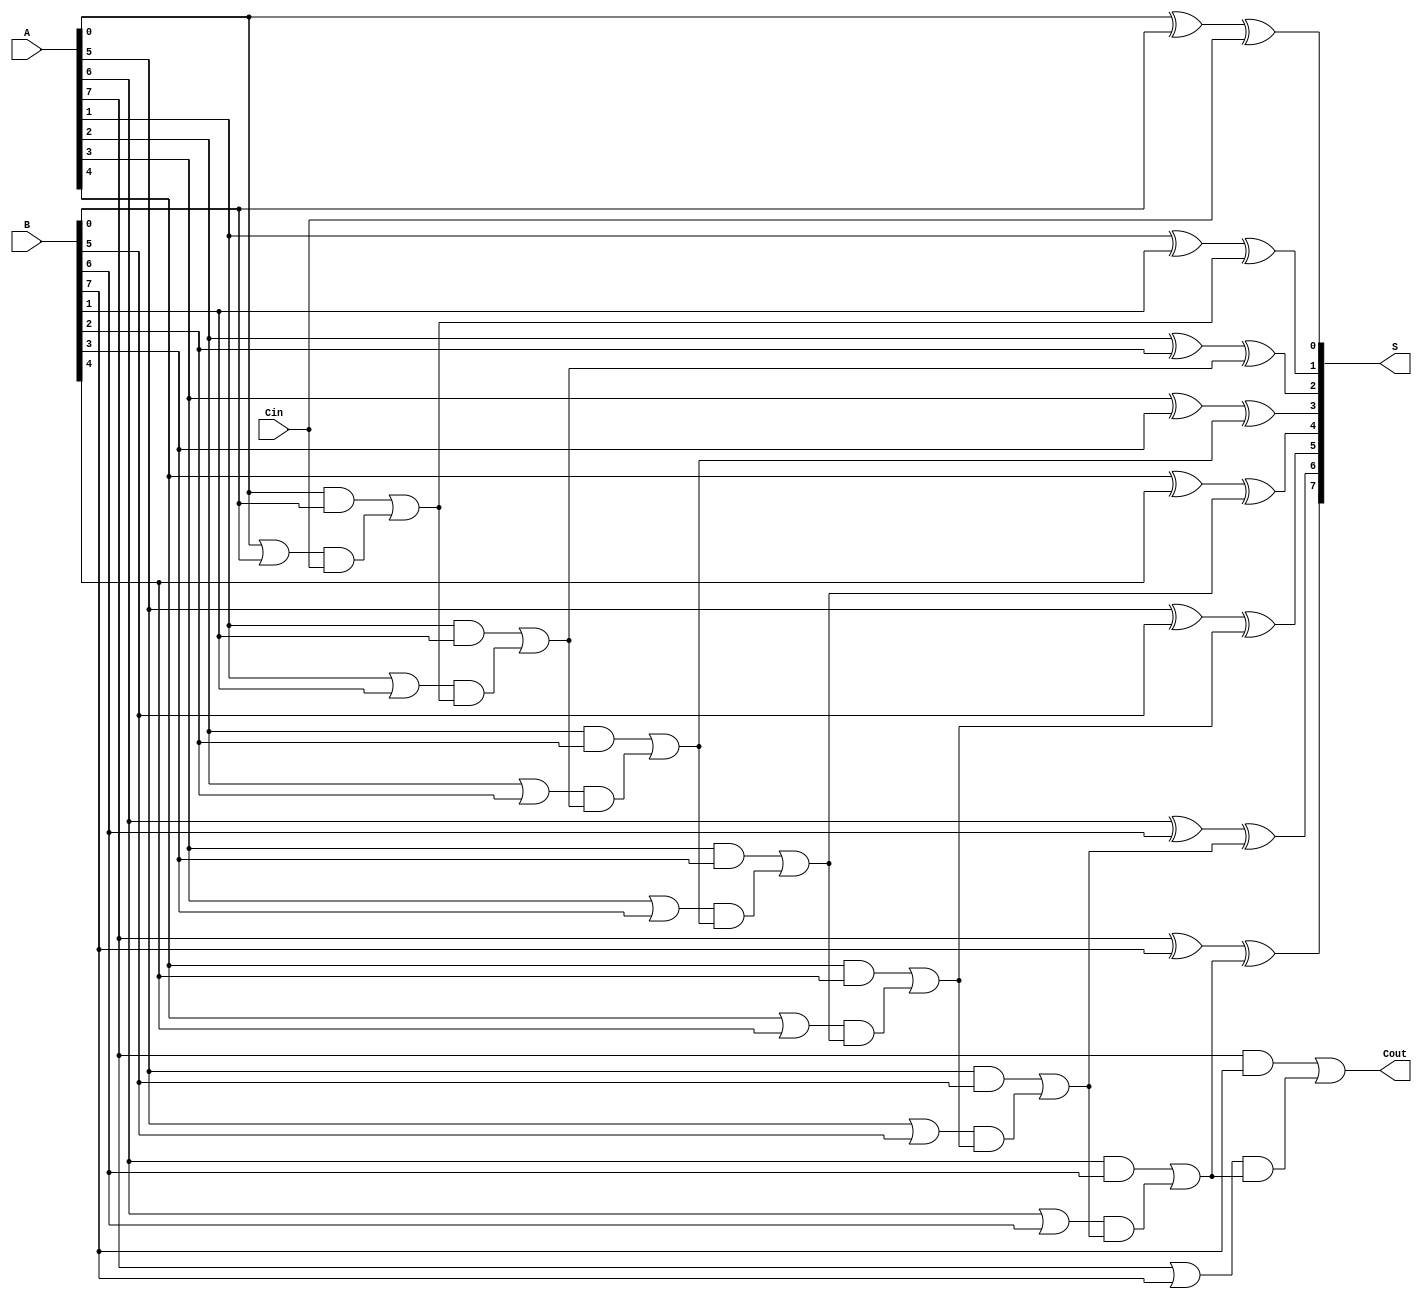
module SklanskyAdder #(parameter n = 8) (
    input  [n-1:0] A,      // First n-bit input
    input  [n-1:0] B,      // Second n-bit input
    input          Cin,     // Carry-in
    output [n-1:0] S,      // Sum output
    output         Cout     // Carry-out
);

    // Generate and Propagate signals
    wire [n-1:0] G; // Generate
    wire [n-1:0] P; // Propagate
    wire [n:0] C;   // Carry

    // Generate and Propagate calculations
    genvar i;
    generate
        for (i = 0; i < n; i = i + 1) begin : gen_prop
            assign G[i] = A[i] & B[i]; // Generate signal
            assign P[i] = A[i] | B[i]; // Propagate signal
        end
    endgenerate

    // Carry calculations
    assign C[0] = Cin; // C[0] is Cin
    generate
        for (i = 1; i <= n; i = i + 1) begin : carry_gen
            assign C[i] = G[i-1] | (P[i-1] & C[i-1]); // Carry computation
        end
    endgenerate

    // Sum calculations
    generate
        for (i = 0; i < n; i = i + 1) begin : sum_calc
            assign S[i] = A[i] ^ B[i] ^ C[i]; // Sum calculation
        end
    endgenerate

    // Carry-out
    assign Cout = C[n]; // Final carry-out

endmodule